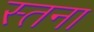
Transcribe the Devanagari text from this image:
स्तना